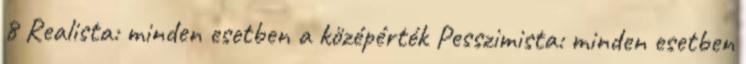
8 Realista: minden esetben a középérték Pesszimista: minden esetben